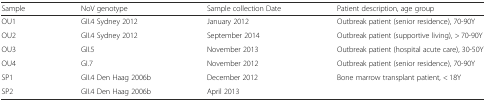
<table><thead><tr><td><b>Sample</b></td><td><b>NoV genotype</b></td><td><b>Sample collection Date</b></td><td><b>Patient description, age group</b></td></tr></thead><tbody><tr><td>OU1</td><td>GII.4 Sydney 2012</td><td>January 2012</td><td>Outbreak patient (senior residence), 70-90Y</td></tr><tr><td>OU2</td><td>GII.4 Sydney 2012</td><td>September 2014</td><td>Outbreak patient (supportive living), &gt; 70-90Y</td></tr><tr><td>OU3</td><td>GII.5</td><td>November 2013</td><td>Outbreak patient (hospital acute care), 30-50Y</td></tr><tr><td>OU4</td><td>GI.7</td><td>November 2012</td><td>Outbreak patient (senior residence), 70-90Y</td></tr><tr><td>SP1</td><td>GII.4 Den Haag 2006b</td><td>December 2012</td><td rowspan="2">Bone marrow transplant patient, &lt; 18Y</td></tr><tr><td>SP2</td><td>GII.4 Den Haag 2006b</td><td>April 2013</td></tr></tbody></table>